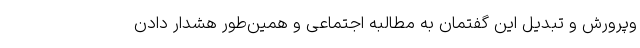
‌وپرورش و تبدیل این گفتمان به مطالبه اجتماعی و همین‌طور هشدار دادن